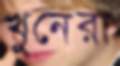
খুনেরা